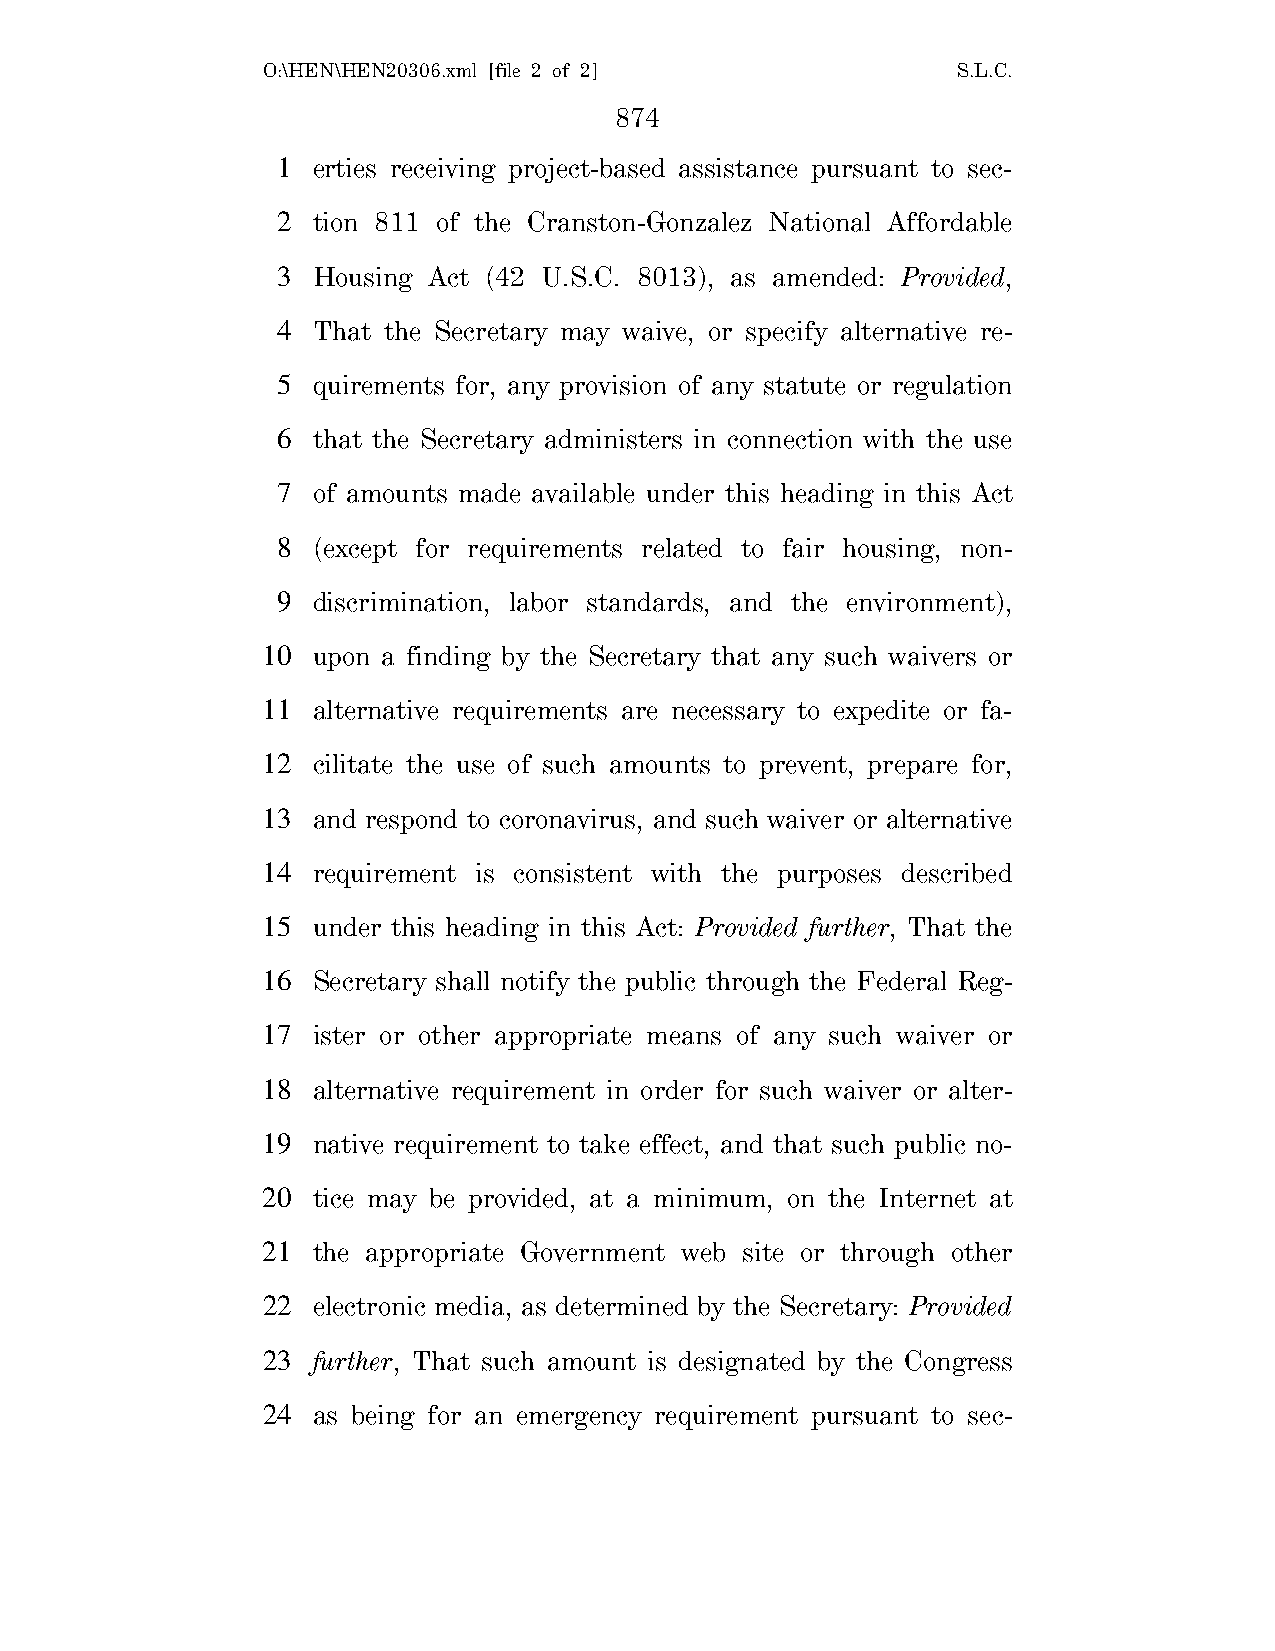
O:\HEN\HEN20306.xml [file 2 of 2]             S.L.C.
 874
 1  erties receiving project-based assistance pursuant to sec-
 2  tion 811 of the Cranston-Gonzalez National Affordable
 3  Housing Act (42 U.S.C. 8013), as amended: Provided,
 4  That the Secretary may waive, or specify alternative re-
 5  quirements for, any provision of any statute or regulation
 6  that the Secretary administers in connection with the use
 7  of amounts made available under this heading in this Act
 8  (except for requirements related to fair housing, non-
 9  discrimination, labor standards, and the environment),
 10  upon a finding by the Secretary that any such waivers or
 11  alternative requirements are necessary to expedite or fa-
 12  cilitate the use of such amounts to prevent, prepare for,
 13  and respond to coronavirus, and such waiver or alternative
 14  requirement is consistent with the purposes described
 15  under this heading in this Act: Provided further, That the
 16  Secretary shall notify the public through the Federal Reg-
 17  ister or other appropriate means of any such waiver or
 18  alternative requirement in order for such waiver or alter-
 19  native requirement to take effect, and that such public no-
 20  tice may be provided, at a minimum, on the Internet at
 21  the appropriate Government web site or through other
 22  electronic media, as determined by the Secretary: Provided
 23  further, That such amount is designated by the Congress
 24  as being for an emergency requirement pursuant to sec-